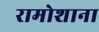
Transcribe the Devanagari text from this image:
रामोशाना